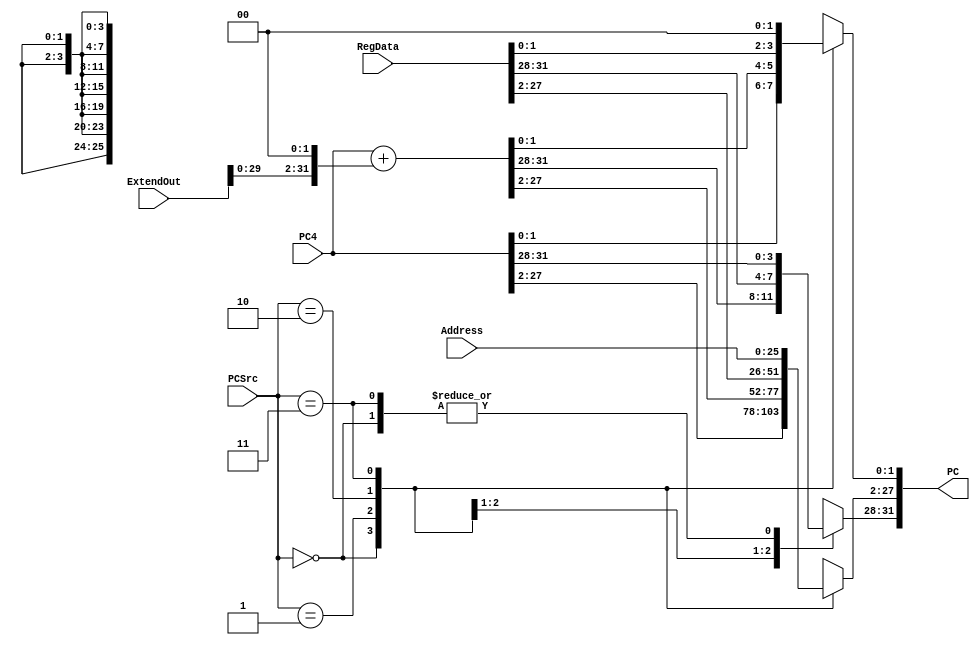
`timescale 1ns / 1ps
//////////////////////////////////////////////////////////////////////////////////
// Company: 
// Engineer: 
// 
// Design Name: 
// Module Name: PCSelect
// Project Name: 
// Target Devices: 
// Tool Versions: 
// Description: 
// 
// Dependencies: 
// 
// Revision:
// Revision 0.01 - File Created
// Additional Comments:
// 
//////////////////////////////////////////////////////////////////////////////////


module PCSelect(
    input [1:0] PCSrc,
    input [31:0] PC4,
    input [31:0] ExtendOut,
    input [25:0] Address,
    input [31:0] RegData,
    output reg [31:0] PC
    );

    wire [27:0] leftMove;
    assign leftMove = Address << 2;
    always@(PCSrc or PC4 or ExtendOut or Address or RegData) begin
       case(PCSrc)
            2'b00: PC = PC4;
            2'b01: PC = PC4 + (ExtendOut << 2);
            2'b10: PC = RegData;
            2'b11: begin
                PC[31:28] = PC4[31:28];
                PC[27:2] = leftMove[27:2];
                PC[1:0] = 0;
            end
            default: PC = PC4;
       endcase
    end
endmodule